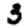
Digit: 3